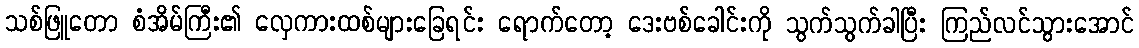
သစ်ဖြူတော စံအိမ်ကြီး၏ လှေကားထစ်များခြေရင်း ရောက်တော့ ဒေးဗစ်ခေါင်းကို သွက်သွက်ခါပြီး ကြည်လင်သွားအောင်